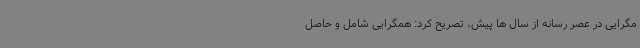
مگرایی در عصر رسانه از سال ها پیش، تصریح کرد: همگرایی شامل و حاصل